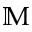
\mathbb { M }